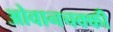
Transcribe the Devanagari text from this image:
ओवानचक्की